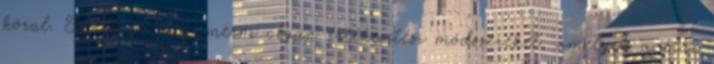
körül. Szeretnél megismerni olyan értékesítési módszereket, amelyek a mai